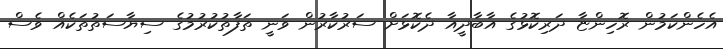
އެހެންކަމުން ރޮހިންޏާ ދަރިކޮޅުގެ އާބާދީއާ ދެކޮޅަށް ސަރުކާރުން ވަނީ ތަފާތުކުރުމުގެ ސިޔާސަތުތަކެއް ވެސް